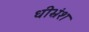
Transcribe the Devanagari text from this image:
धीभ्रंश